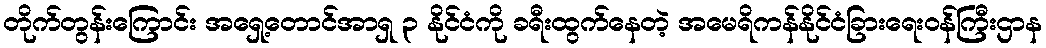
တိုက်တွန်းကြောင်း အရှေ့တောင်အာရှ ၃ နိုင်ငံကို ခရီးထွက်နေတဲ့ အမေရိကန်နိုင်ငံခြားရေးဝန်ကြီးဌာန